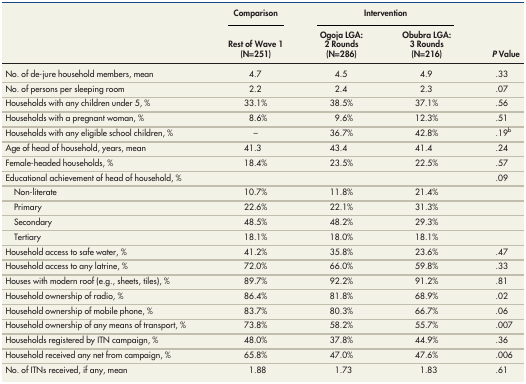
<table><thead><tr><td rowspan="2"></td><td><b>Comparison</b></td><td colspan="2"><b>Intervention</b></td><td rowspan="2"><b><i>P</i> Value</b></td></tr><tr><td><b>Rest of Wave 1 (N=251)</b></td><td><b>Ogoja LGA: 2 Rounds (N=286)</b></td><td><b>Obubra LGA: 3 Rounds (N=216)</b></td></tr></thead><tbody><tr><td>No. of de-jure household members, mean</td><td>4.7</td><td>4.5</td><td>4.9</td><td>.33</td></tr><tr><td>No. of persons per sleeping room</td><td>2.2</td><td>2.4</td><td>2.3</td><td>.07</td></tr><tr><td>Households with any children under 5, %</td><td>33.1%</td><td>38.5%</td><td>37.1%</td><td>.56</td></tr><tr><td>Households with a pregnant woman, %</td><td>8.6%</td><td>9.6%</td><td>12.3%</td><td>.51</td></tr><tr><td>Households with any eligible school children, %</td><td>–</td><td>36.7%</td><td>42.8%</td><td>.19<sup>b</sup></td></tr><tr><td>Age of head of household, years, mean</td><td>41.3</td><td>43.4</td><td>41.4</td><td>.24</td></tr><tr><td>Female-headed households, %</td><td>18.4%</td><td>23.5%</td><td>22.5%</td><td>.57</td></tr><tr><td>Educational achievement of head of household, %</td><td></td><td></td><td></td><td>.09</td></tr><tr><td>Non-literate</td><td>10.7%</td><td>11.8%</td><td>21.4%</td><td></td></tr><tr><td>Primary</td><td>22.6%</td><td>22.1%</td><td>31.3%</td><td></td></tr><tr><td>Secondary</td><td>48.5%</td><td>48.2%</td><td>29.3%</td><td></td></tr><tr><td>Tertiary</td><td>18.1%</td><td>18.0%</td><td>18.1%</td><td></td></tr><tr><td>Household access to safe water, %</td><td>41.2%</td><td>35.8%</td><td>23.6%</td><td>.47</td></tr><tr><td>Household access to any latrine, %</td><td>72.0%</td><td>66.0%</td><td>59.8%</td><td>.33</td></tr><tr><td>Houses with modern roof (e.g., sheets, tiles), %</td><td>89.7%</td><td>92.2%</td><td>91.2%</td><td>.81</td></tr><tr><td>Household ownership of radio, %</td><td>86.4%</td><td>81.8%</td><td>68.9%</td><td>.02</td></tr><tr><td>Household ownership of mobile phone, %</td><td>83.7%</td><td>80.3%</td><td>66.7%</td><td>.06</td></tr><tr><td>Household ownership of any means of transport, %</td><td>73.8%</td><td>58.2%</td><td>55.7%</td><td>.007</td></tr><tr><td>Households registered by ITN campaign, %</td><td>48.0%</td><td>37.8%</td><td>44.9%</td><td>.36</td></tr><tr><td>Household received any net from campaign, %</td><td>65.8%</td><td>47.0%</td><td>47.6%</td><td>.006</td></tr><tr><td>No. of ITNs received, if any, mean</td><td>1.88</td><td>1.73</td><td>1.83</td><td>.61</td></tr></tbody></table>